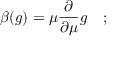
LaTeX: \beta ( g ) = \mu { \frac { \partial } { \partial \mu } } g \quad ;